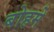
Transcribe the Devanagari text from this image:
बोहमे